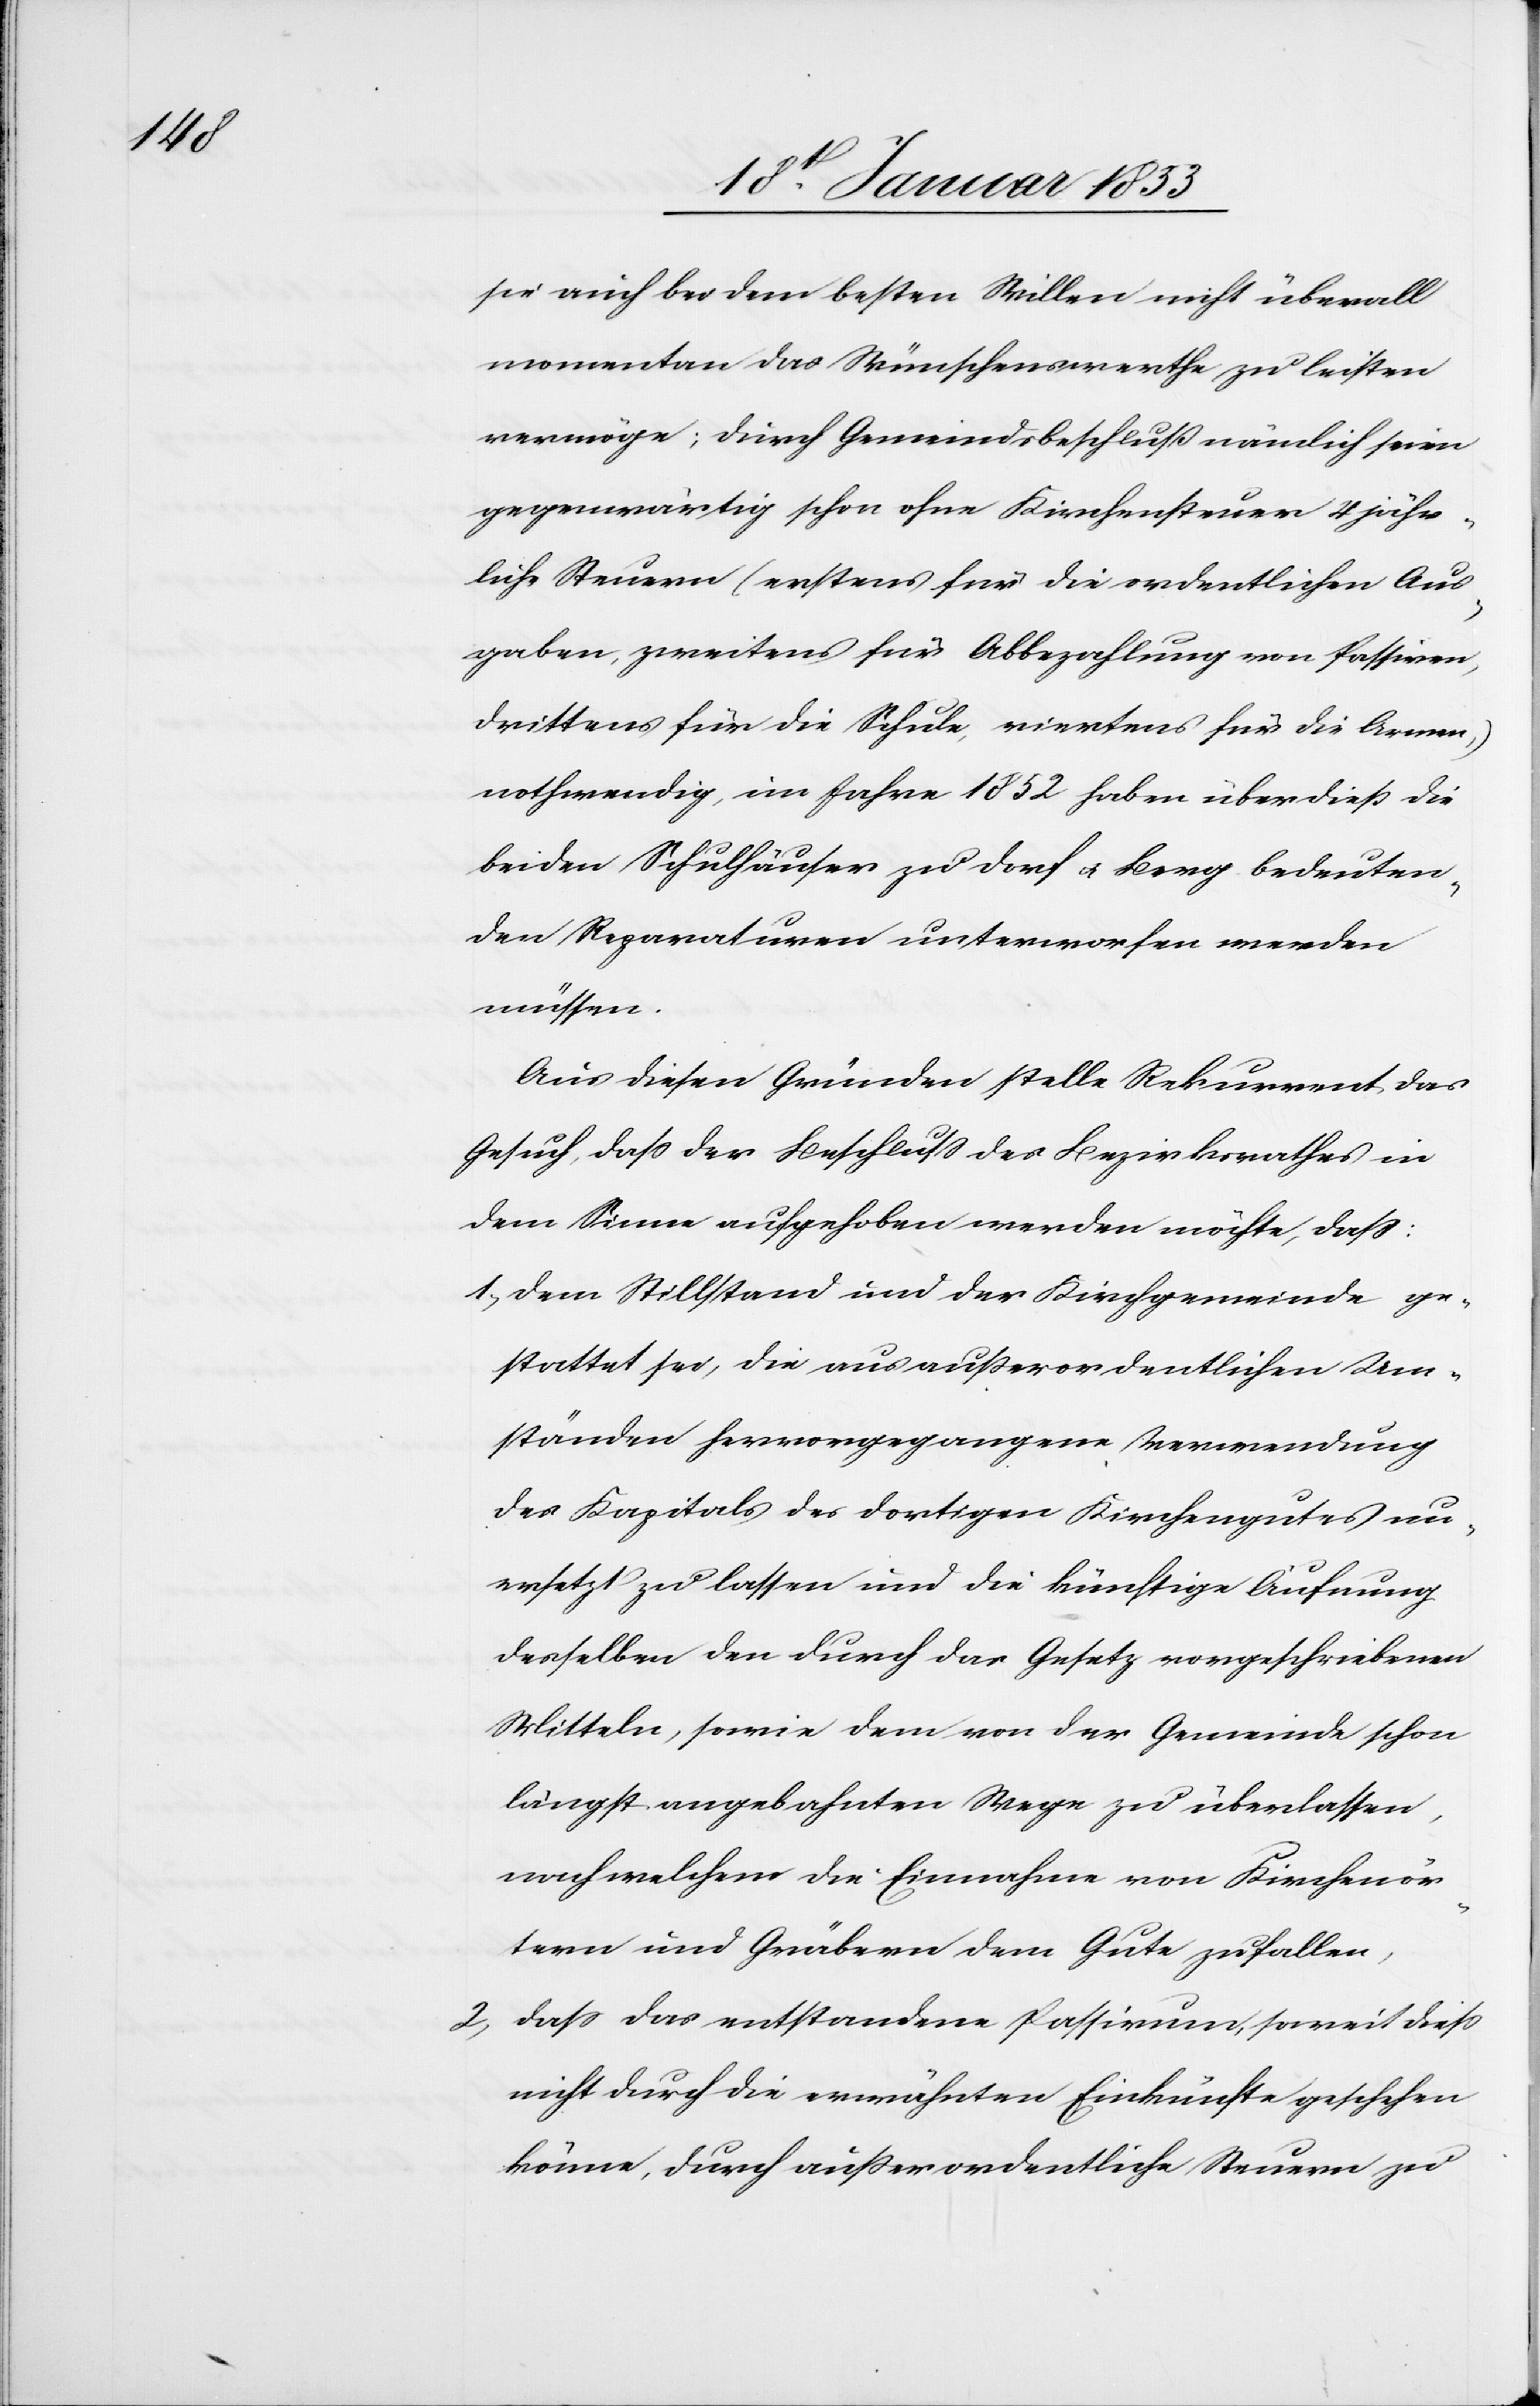
sie auch bei dem besten Willen nicht überall
momentan das Wünschenswerthe zu leisten
vermögen; durch Gemeindsbeschluß nämlich seien
gegenwärtig schon ohne Kirchensteuer 4 jähr¬
liche Steuern (erstens für die ordentlichen Aus¬
gaben, zweitens für Abbezahlung von Passiven,
drittens für die Schule, viertens für die Armen,)
nothwendig, im Jahre 1852 haben überdieß die
beiden Schulhäuser zu Dorf & Berg bedeuten¬
den Reparaturen unterworfen werden
müssen.
Aus diesen Gründen stelle Rekurrent das
Gesuch, daß der Beschluß des Bezirksrathes in
dem Sinne aufgehoben werden möchte, daß:
1., Dem Stillstand und der Kirchgemeinde ge¬
stattet sei, die aus außerordentlichen Um¬
ständen hervorgegangene Verwendung
des Kapitals des dortigen Kirchengutes un¬
ersetzt zu lassen und die künftige Äufnung
derselben den durch das Gesetz vorgeschriebenen
Mitteln, sowie dem von der Gemeinde schon
längst angebahnten Wege zu überlassen,
nach welchem die Einnahme von Kirchenör¬
tern und Gräbern dem Gute zufallen,
2, Daß das entstandene Passivum, soweit dieß
nicht durch die erwähnten Einkünfte geschehen
könne, durch außerordentliche Steuern zu